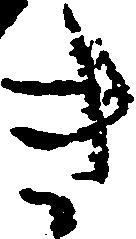
き